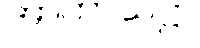
အာကာသဋ္ဌာ